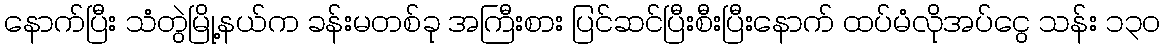
နောက်ပြီး သံတွဲမြို့နယ်က ခန်းမတစ်ခု အကြီးစား ပြင်ဆင်ပြီးစီးပြီးနောက် ထပ်မံလိုအပ်ငွေ သန်း ၁၃၀